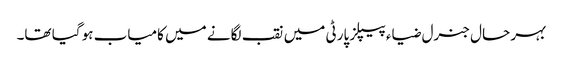
بہر حال جنرل ضیاء پیپلز پارٹی میں نقب لگانے میں کامیاب ہو گیا تھا۔